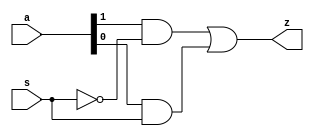
module mux2to1 (a,s,z);
    input [0:1]a;
    input s;
    output z;
    wire sbar,t1,t2;
    not g1 (sbar,s);
    and g2 (t1,a[0],sbar);
    and g3 (t2,a[1],s);
    or g4 (z,t1,t2);    
endmodule